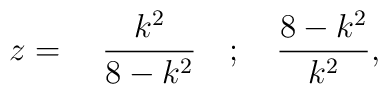
z=\quad \frac{k^2}{8-k^2}\quad; \quad \frac{8-k^2}{k^2},